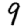
Digit: 9